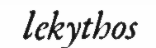
lekythos